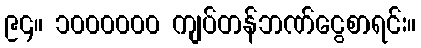
၉၄။ ၁၀၀၀၀၀၀ ကျပ်တန်ဘဏ်ငွေစာရင်း။